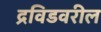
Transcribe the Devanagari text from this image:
द्रविडवरील